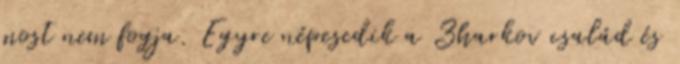
most nem fogja. Egyre népesedik a Zharkov család és